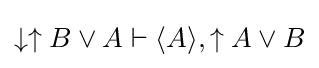
\downarrow \uparrow B\lor A\vdash \langle A\rangle ,\uparrow A\lor B